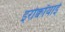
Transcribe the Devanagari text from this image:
इरोक्वॉयाई